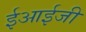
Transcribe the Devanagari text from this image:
ईआईजी